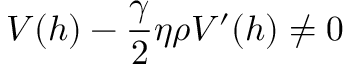
V ( h ) - \frac { \gamma } { 2 } \eta \rho V ^ { \prime } ( h ) \neq 0